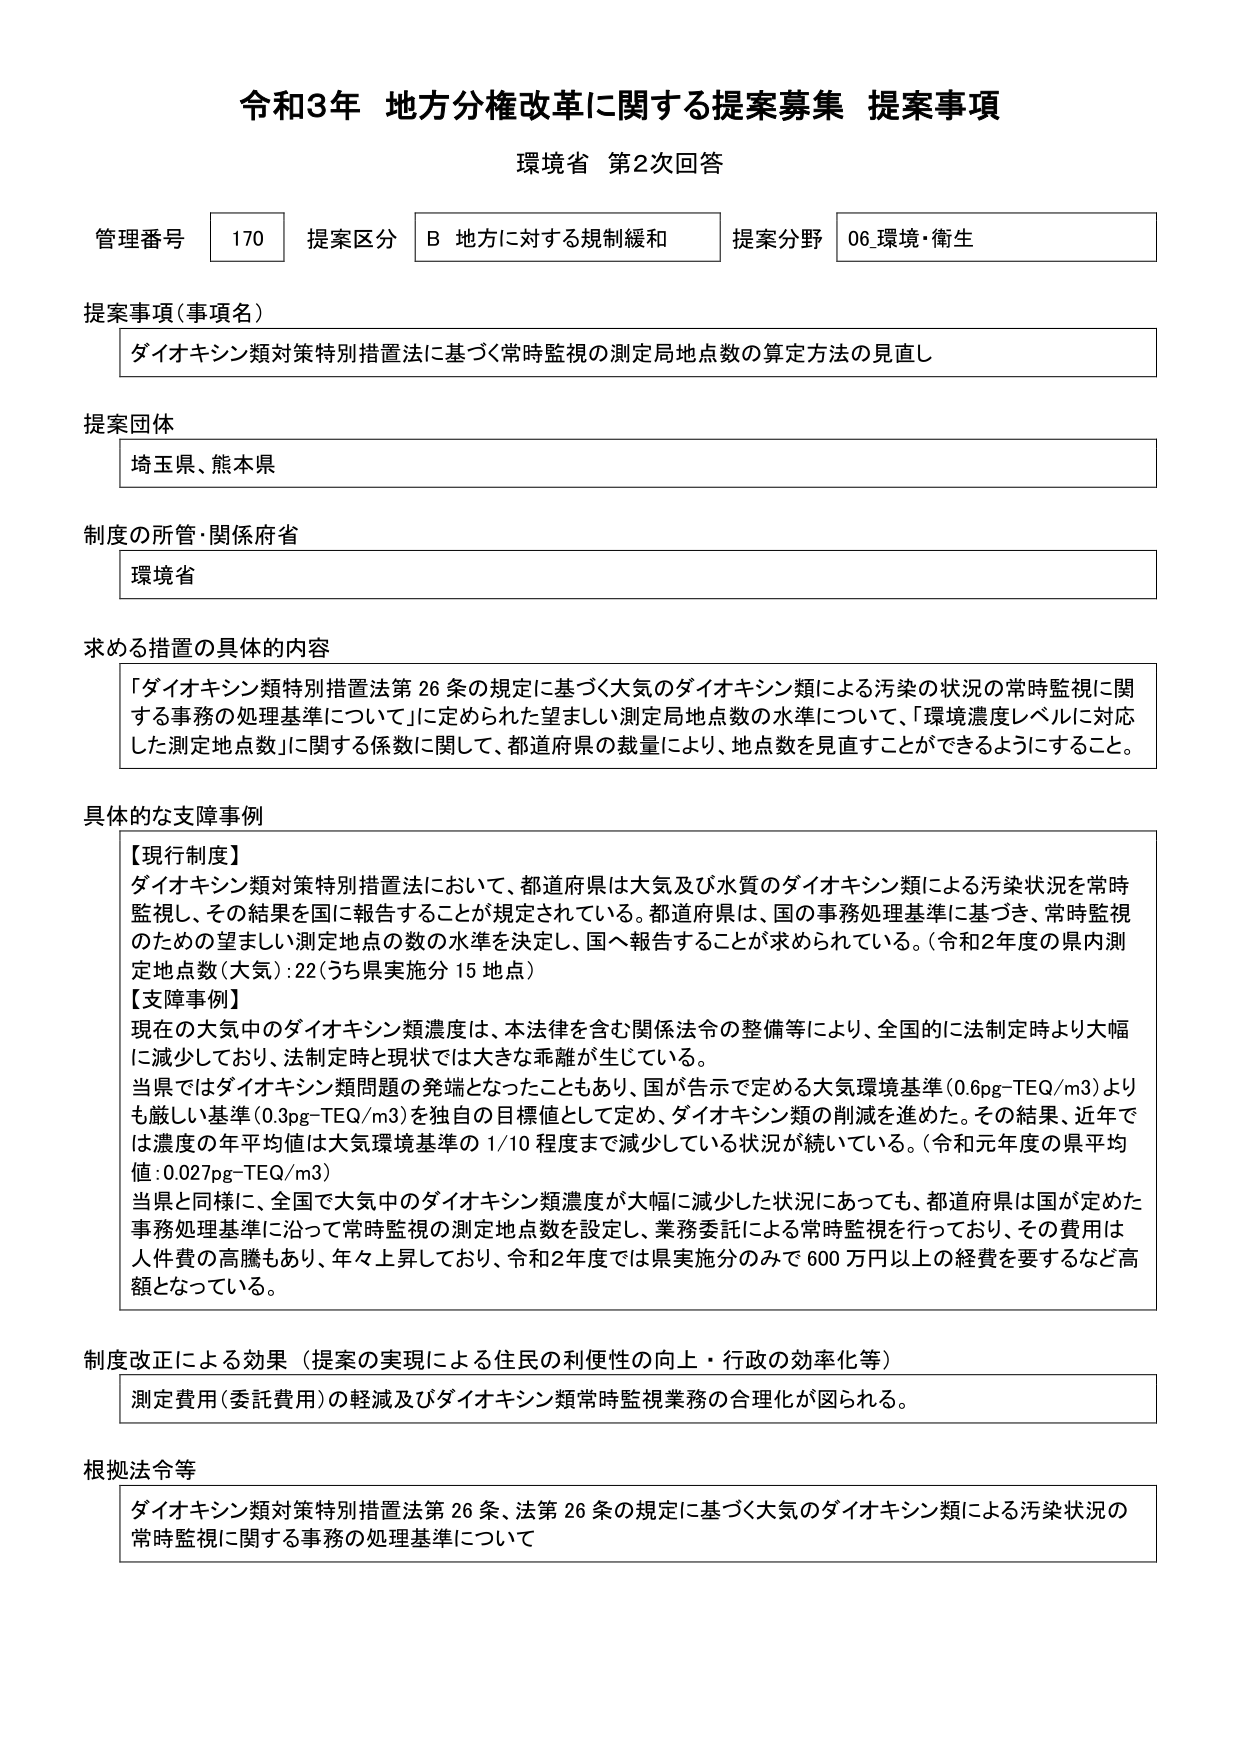
令和3年 地方分権改革に関する提案募集 提案事項
環境省 第2次回答

管理番号 170 提案区分 B 地方に対する規制緩和 提案分野 06 環境・衛生

提案事項（事項名）
ダイオキシン類対策特別措置法に基づく常時監視の測定局地点数の算定方法の見直し

提案団体
埼玉県、熊本県

制度の所管・関係府省
環境省

求める措置の具体的内容
「ダイオキシン類特別措置法第26条の規定に基づく大気のダイオキシン類による汚染の状況の常時監視に関する事務の処理基準について」に定められた望ましい測定局地点数の水準について、「環境濃度レベルに対応した測定地点数」に関する係数に関して、都道府県の裁量により、地点数を見直すことができるようにすること。

具体的な支障事例
【現行制度】
ダイオキシン類対策特別措置法において、都道府県は大気及び水質のダイオキシン類による汚染状況を常時監視し、その結果を国に報告することが規定されている。都道府県は、国の事務処理基準に基づき、常時監視のための望ましい測定地点の数の水準を決定し、国へ報告することが求められている。（令和2年度の県内測定地点数（大気）：22（うち県実施分15地点））
【支障事例】
現在の大気中のダイオキシン類濃度は、本法律を含む関係法令の整備等により、全国的に法制定時より大幅に減少しており、法制定時と現状では大きな乖離が生じている。
当県ではダイオキシン類問題の発端となったこともあり、国が告示で定める大気環境基準（0.6pg-TEQ/m3）よりも厳しい基準（0.3pg-TEQ/m3）を独自の目標値として定め、ダイオキシン類の削減を進めた。その結果、近年では濃度の年平均値は大気環境基準の1/10程度まで減少している状況が続いている。（令和元年度の県平均値：0.027pg-TEQ/m3）
当県と同様に、全国で大気中のダイオキシン類濃度が大幅に減少した状況にあっても、都道府県は国が定めた事務処理基準に沿って常時監視の測定地点数を設定し、業務委託による常時監視を行っており、その費用は人件費の高騰もあり、年々上昇しており、令和2年度では県実施分のみで600万円以上の経費を要するなど高額となっている。

制度改正による効果（提案の実現による住民の利便性の向上・行政の効率化等）
測定費用（委託費用）の軽減及びダイオキシン類常時監視業務の合理化が図られる。

根拠法令等
ダイオキシン類対策特別措置法第26条、法第26条の規定に基づく大気のダイオキシン類による汚染状況の常時監視に関する事務の処理基準について